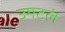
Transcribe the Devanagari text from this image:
उमटलं